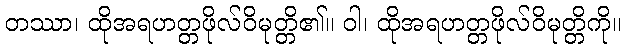
တဿာ၊ ထိုအရဟတ္တဖိုလ်ဝိမုတ္တိ၏။ ဝါ၊ ထိုအရဟတ္တဖိုလ်ဝိမုတ္တိကို။